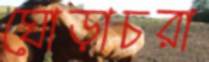
ঘোড়াচরা